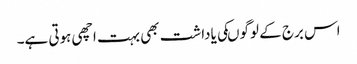
اس برج کے لوگوںکی یاداشت بھی بہت اچھی ہوتی ہے۔